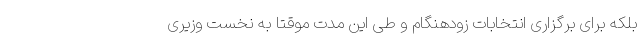
بلکه برای برگزاری انتخابات زودهنگام و طی این مدت موقتا به نخست وزیری